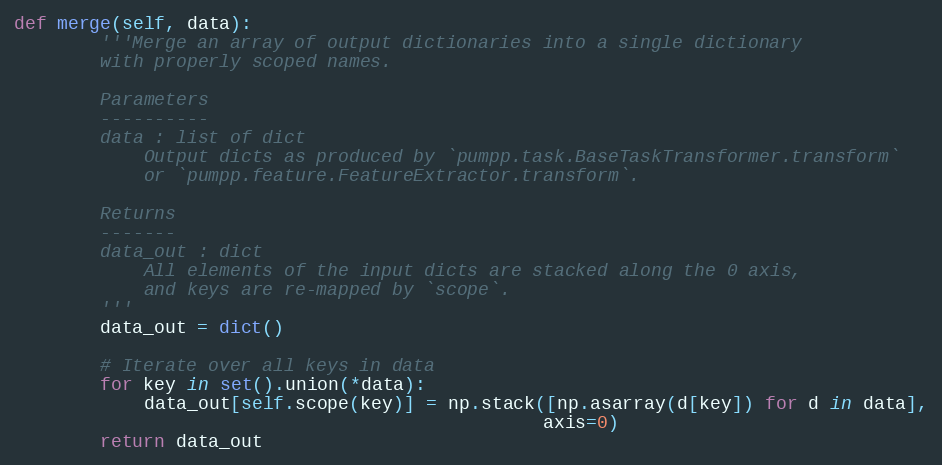
Language: Python
def merge(self, data):
        '''Merge an array of output dictionaries into a single dictionary
        with properly scoped names.

        Parameters
        ----------
        data : list of dict
            Output dicts as produced by `pumpp.task.BaseTaskTransformer.transform`
            or `pumpp.feature.FeatureExtractor.transform`.

        Returns
        -------
        data_out : dict
            All elements of the input dicts are stacked along the 0 axis,
            and keys are re-mapped by `scope`.
        '''
        data_out = dict()

        # Iterate over all keys in data
        for key in set().union(*data):
            data_out[self.scope(key)] = np.stack([np.asarray(d[key]) for d in data],
                                                 axis=0)
        return data_out